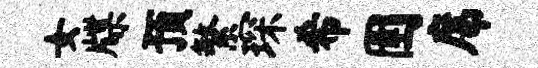
女牒预繁琛希圉席